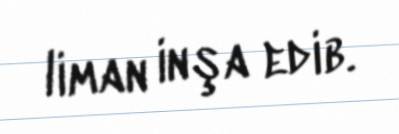
liman inşa edib.